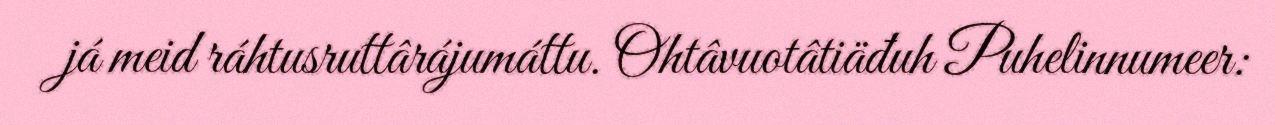
já meid ráhtusruttârájumáttu. Ohtâvuotâtiäđuh Puhelinnumeer: